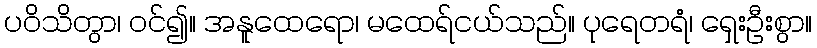
ပဝိသိတွာ၊ ဝင်၍။ အနူထေရော၊ မထေရ်ငယ်သည်။ ပုရေတရံ၊ ရှေးဦးစွာ။